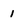
Character: 1